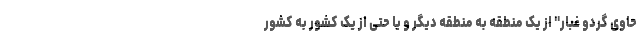
حاوی گردو غبار" از یک منطقه به منطقه دیگر و یا حتی از یک کشور به کشور